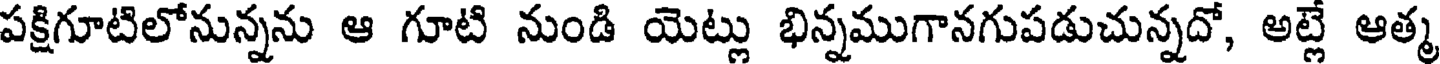
పక్షిగూటిలోనున్నను ఆ గూటి నుండి యెట్లు భిన్నముగానగుపడుచున్నదో, అట్లే ఆత్మ